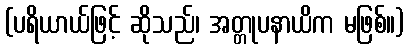
(ပရိယာယ်ဖြင့် ဆိုသည်၊ အတ္တုပနာယိက မဖြစ်။)